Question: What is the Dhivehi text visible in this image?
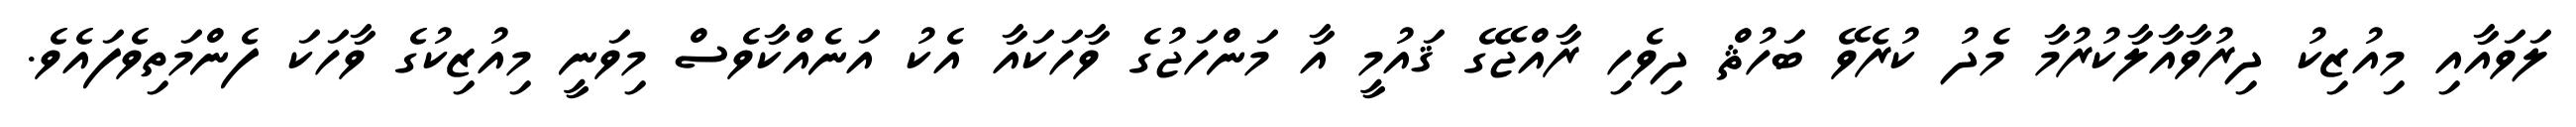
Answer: ލަވައާއި މިއުޒިކު ދިރުވާއާލާކުރުމާ މެދު ކުރެވޭ ބަހުޘް ދިވެހި ރާއްޖޭގެ ޤައުމީ އާ މަންހަޖުގެ ވާހަކައާ އެކު އަނެއްކާވެސް މިވަނީ މިއުޒިކުގެ ވާހަކަ ފެންމަތިވެފައެވެ.